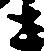
し